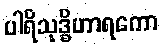
ပါရိသုဒ္ဓိဟာရကော